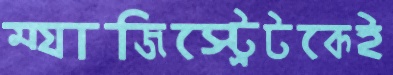
ম্যাজিস্ট্রেটকেই